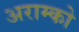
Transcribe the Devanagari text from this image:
अराम्को